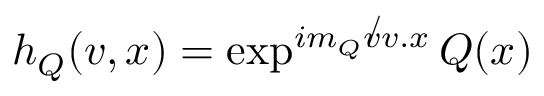
h _ { Q } ( v , x ) = \exp ^ { i m _ { Q } \not v v . x } Q ( x )